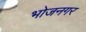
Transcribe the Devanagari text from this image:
भोजनगर